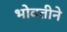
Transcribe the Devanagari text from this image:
भोवतीने